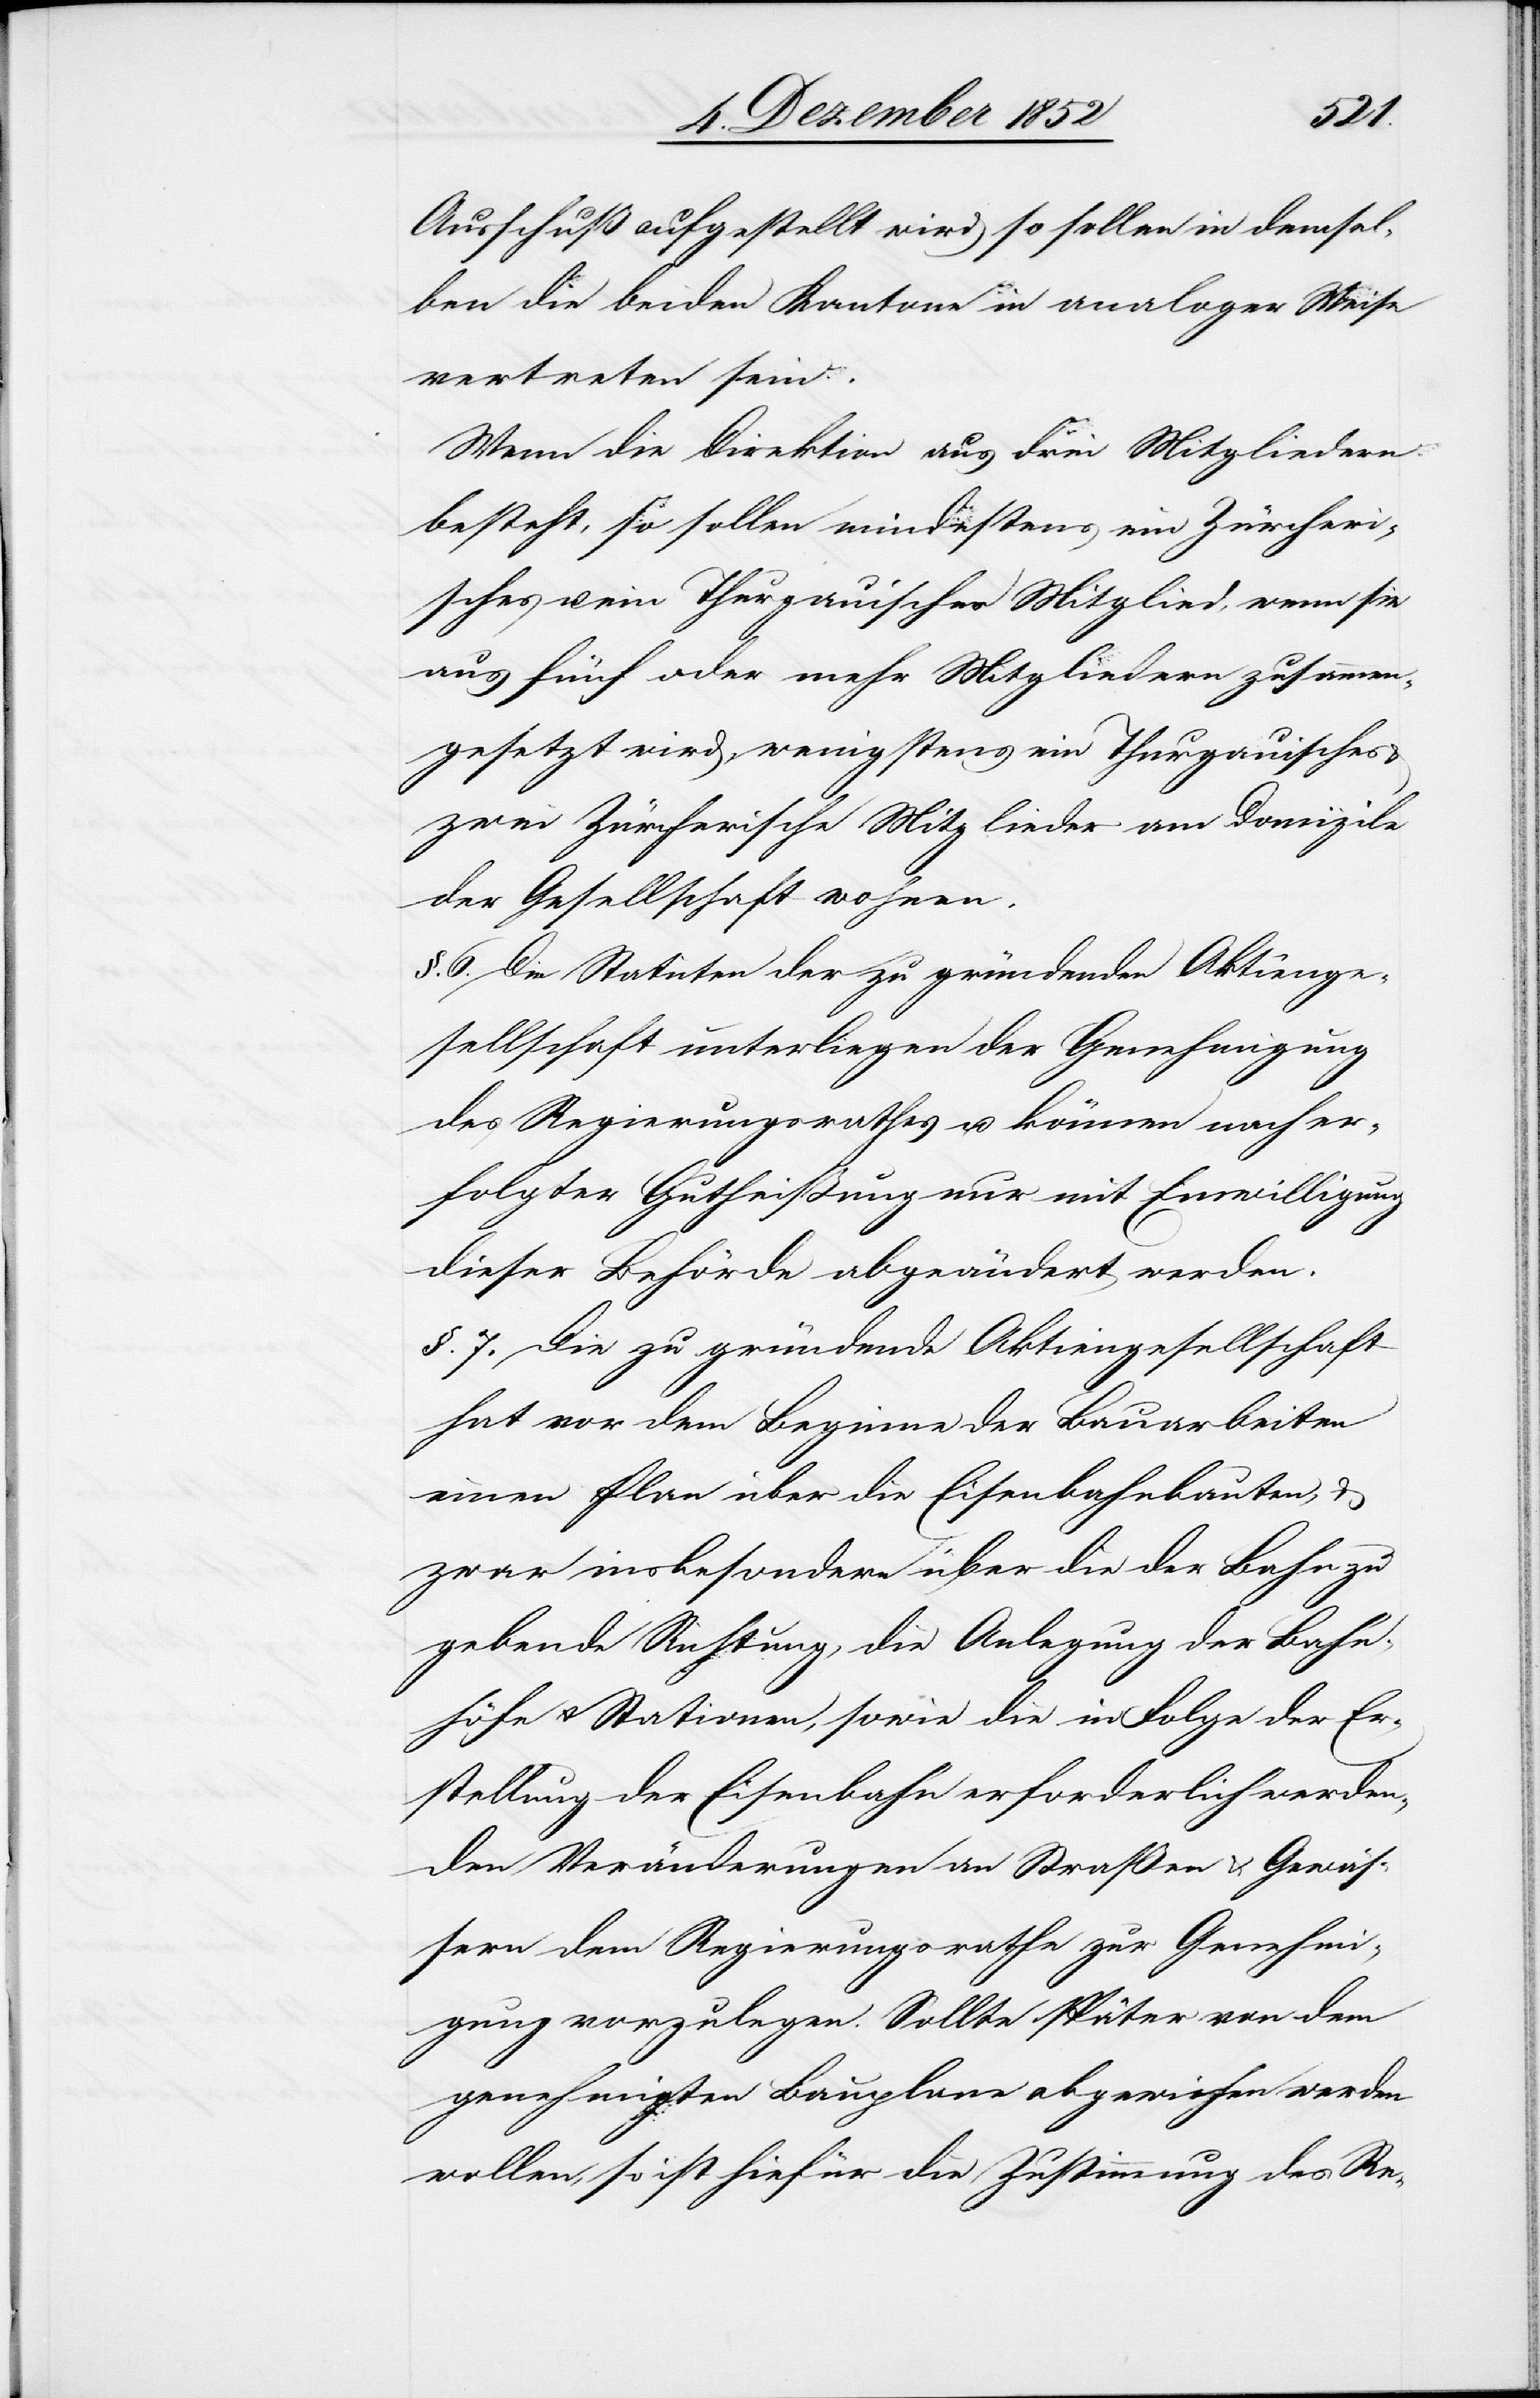
Ausschuß aufgestellt wird so sollen in demsel¬
ben die beiden Kantone in analoger Weise
vertreten sein.
Wenn die Direktion aus drei Mitgliedern
besteht, so sollen mindestens ein Zürcheri¬
sches u. ein Thurgauisches Mitglied, wenn sie
aus fünf oder mehr Mitgliedern zusammen¬
gesetzt wird, wenigstens ein Thurgauisches
zwei Zürcherische Mitglieder am Domizile
der Gesellschaft wohnen.
§. 6. Die Statuten der zu gründenden Aktienge¬
sellschaft unterliegen der Genehmigung
des Regierungsrathes u. können nach er¬
folgter Gutheißung nur mit Einwilligung
dieser Behörde abgeändert werden.
§. 7. Die zu gründende Aktiengesellschaft
hat vor dem Beginne der Bauarbeiten
einen Plan über die Eisenbahnbauten, &
zwar insbesondere über die der Bahn zu
gebende Richtung, die Anlegung der Bahn¬
höfe & Stationen, sowie die in Folge der Er¬
stellung der Eisenbahn erforderlich werden¬
den Veränderungen an Straßen & Gewäs¬
sern dem Regierungsrathe zur Genehmi¬
gung vorzulegen. Sollte später von dem
genehmigten Bauplane abgewichen werden
wollen, so ist hiefür die Zustimmung des Re-